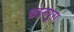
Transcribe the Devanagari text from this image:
छानपुरा